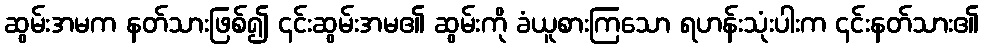
ဆွမ်းအမက နတ်သားဖြစ်၍ ၎င်းဆွမ်းအမ၏ ဆွမ်းကို ခံယူစားကြသော ရဟန်းသုံးပါးက ၎င်းနတ်သား၏